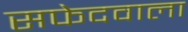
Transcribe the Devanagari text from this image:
सफेदवाला